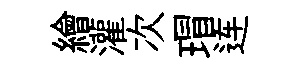
繪灌次瑁连